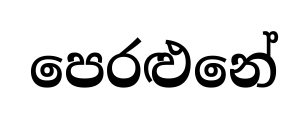
පෙරළුනේ